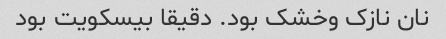
نان نازک و‌خشک بود. دقیقا بیسکویت بود